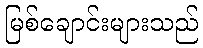
မြစ်ချောင်းများသည်